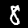
Label: 8